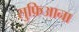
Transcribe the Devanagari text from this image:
सुफ़िआना